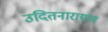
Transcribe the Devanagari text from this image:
उदितनारायण